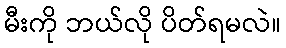
မီးကို ဘယ်လို ပိတ်ရမလဲ။